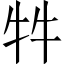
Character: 牪